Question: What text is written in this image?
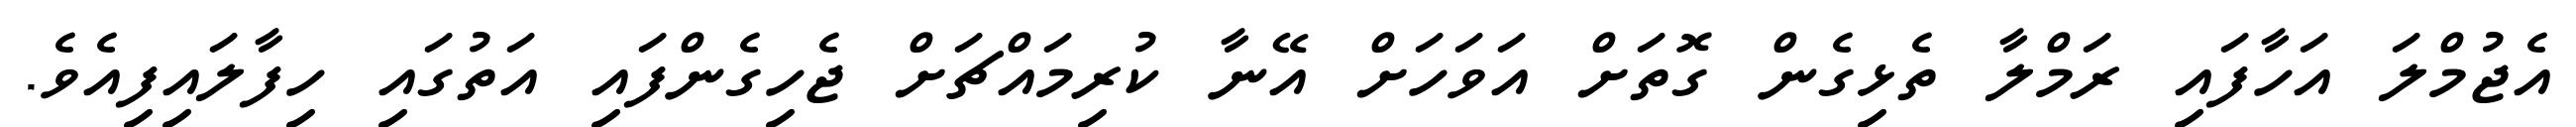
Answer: އެޖުމްލަ އަހާފައި ރަމްލާ ތެޅިގެން ގޮތަށް އަވަހަށް އޭނާ ކުރިމައްޗަށް ޖެހިގެންފައި އަތުގައި ހިފާލައިފިއެވެ.